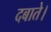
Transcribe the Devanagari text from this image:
दबाते।